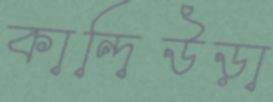
কান্দিউড়া